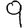
Digit: 9